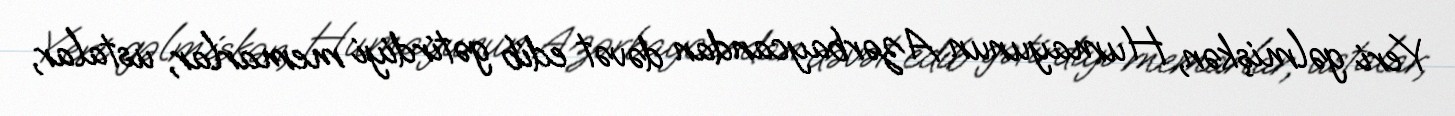
Yeri gəlmişkən, Humayunun Azərbaycandan dəvət edib gətirdiyi memarlar, ustalar,